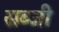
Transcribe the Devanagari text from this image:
सब्‍जी